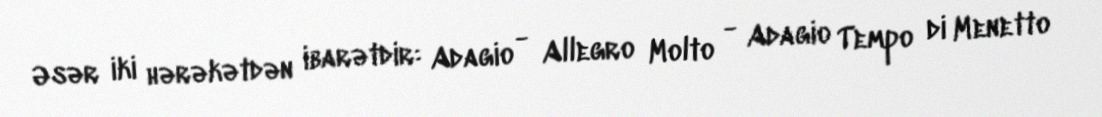
Əsər iki hərəkətdən ibarətdir: Adagio - Allegro Molto - Adagio Tempo di Menetto